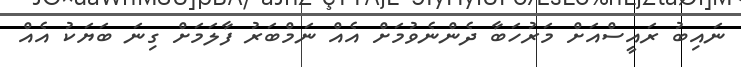
ނައިބު ރައީސްއަށް މަރުހަބާ ދެންނެވުމަށް އެއް ނަމްބަރު ފާލަމަށް ގިނަ ބަޔަކު އެއް